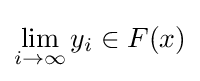
\lim _{i\to \infty }y_{i}\in F(x)